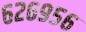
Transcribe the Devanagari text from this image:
६२६९५६